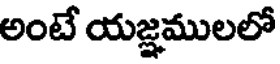
అంటే యజ్ఞములలో